Vaccination in Burma 1920-1933 - 1920-1933
Year: 1920
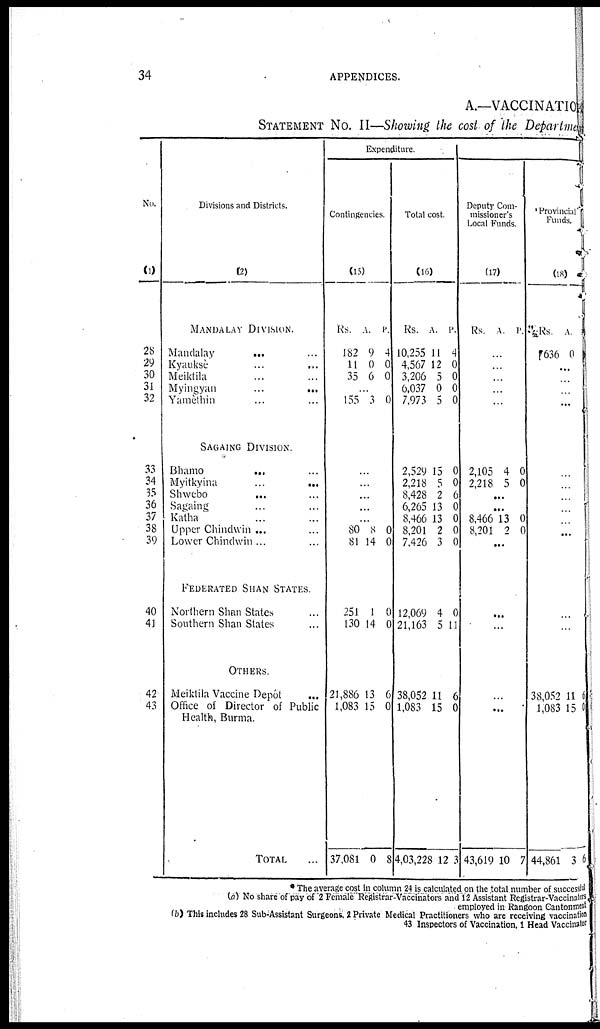
34
APPENDICES.
A.—VACCINATION
STATEMENT No. II—Showing the cost of the Department
No.
(1)
28
29
30
31
32
33
34
35
36
37
38
39
40
41
42
43
Divisions and Districts.
(2)
MANDALAY DIVISION.
Mandalay
... ...
Kyauksè ... ...
Meiktila ... ...
Myingyan
...
...
Yamèthin ... ...
SAGAING DIVISION.
Bhamo ... ...
Myitkyina
...
...
Shwebo
... ...
Sagaing ... ...
Katha ...
Upper Chindwin ... ...
Lower Chindwin ... ...
FEDERATED SHAN STATES.
Northern Shan States ...
Southern Shan States ...
OTHERS.
Meiktila Vaccine Depôt ...
Office of Director of Public
Health, Burma.
TOTAL ...
Expenditure.
Contingencies.
(15)
Rs.
182
11
35
A.
9
0
6
P.
4
0
0
...
155 3 0
...
...
...
...
...
80
81
8
14
0
0
251
130
1
14
0
0
21,886
1,083
37,081
13
15
0
6
0
8
Total cost.
(16)
Rs.
10,255
4,567
3,206
6,037
7,973
A.
11
12
5
0
5
P.
4
0
0
0
0
2,529
2,218
8,428
6,265
8,466
8,201
7,426
15
5
2
13
13
2
3
0
0
6
0
0
0
0
12,069
21,163
4
5
0
11
38,052
1,083
4,03,228
11
15
12
6
0
3
Deputy Com-
missioner's
Local Funds.
(17)
Rs. A. P.
...
...
...
...
...
2,105
2,218
4
5
0
0
...
...
8,466
8,201
13
2
0
0
...
...
...
...
...
43,619 10 7
Provincial
Funds.
(18)
Rs.
636
A.
0
P.
...
...
...
...
...
...
...
...
...
...
...
...
...
38,052
1,083
44,861
11
15
3
6
0
6
* The average cost in column 24 is calculated on the total number of successful
(a) No share of pay of 2 Female Registrar-Vaccinators and 12 Assistant Registrar-Vaccinators
employed in Rangoon Cantonment
(b) This includes 28 Sub-Assistant Surgeons, 2 Private Medical Practitioners who are receiving vaccination
43 Inspectors of Vaccination, 1 Head Vaccinator